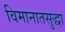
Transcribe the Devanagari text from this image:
विमानातसुद्धा